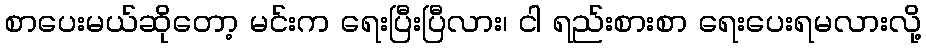
စာပေးမယ်ဆိုတော့ မင်းက ရေးပြီးပြီလား၊ ငါ ရည်းစားစာ ရေးပေးရမလားလို့